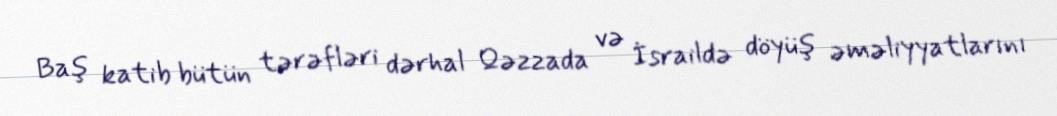
Baş katib bütün tərəfləri dərhal Qəzzada və İsraildə döyüş əməliyyatlarını